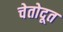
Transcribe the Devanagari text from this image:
चेतोदूत